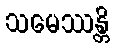
သမေဿန္တိ